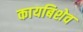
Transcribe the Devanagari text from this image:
कायबिशेव